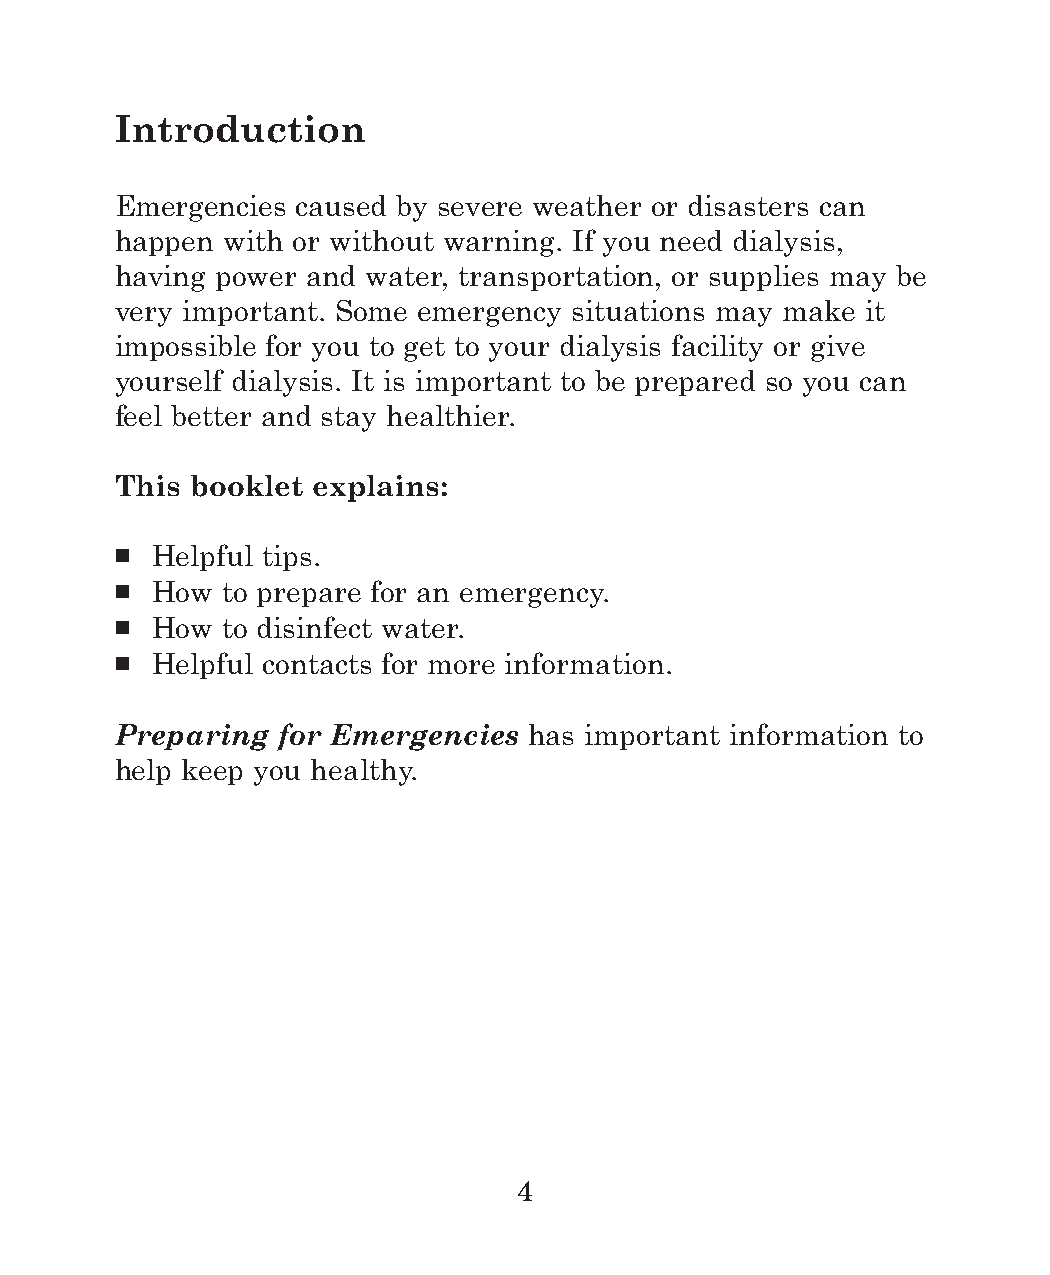
Introduction
 Emergencies caused by severe weather or disasters can
 happen with or without warning. If you need dialysis,
 having power and water, transportation, or supplies may be
 very important. Some emergency situations may make it
 impossible for you to get to your dialysis facility or give
 yourself dialysis. It is important to be prepared so you can
 feel better and stay healthier.
 This booklet explains:
 ■ Helpful tips.
 ■ How  to prepare for an emergency.
 ■ How  to disinfect water.
 ■ Helpful contacts for more information.
 Preparing for Emergencies  has important information to
 help keep you healthy.
 4